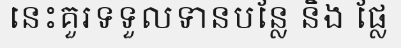
នេះគួរទទួលទានបន្លែ និង ផ្លែ